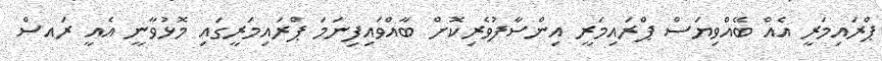
ޕްރައިމަރީ އެއް ބޭއްވިޔަސް ޕްރައިމަރީ އިންސާފުވެރިކޮށް ބާއްވައިފިނަމަ ޕްރައިމަރީގައި މޮޅުވާނީ އެއީ ރައސް